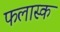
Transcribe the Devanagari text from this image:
फलास्क